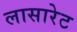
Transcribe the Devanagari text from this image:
लासारेट